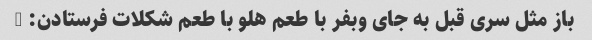
باز مثل سری قبل به جای وبفر با طعم هلو با طعم شکلات فرستادن: /